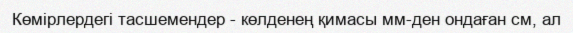
Көмірлердегі тасшемендер - көлденең қимасы мм-ден ондаған см, ал